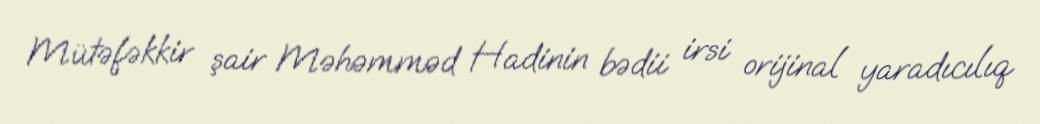
Mütəfəkkir şair Məhəmməd Hadinin bədii irsi orijinal yaradıcılıq